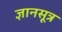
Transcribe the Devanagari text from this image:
ज्ञानसूत्र